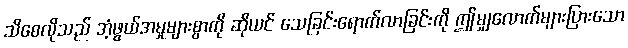
သိစေလိုသည် အံ့ဖွယ်အမှုများစွာကို ဆိုယင် သေခြင်းရောက်လာခြင်းကို ဤမျှလောက်များပြားသော